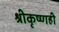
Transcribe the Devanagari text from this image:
श्रीकृष्णही